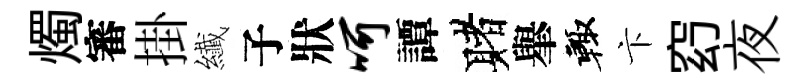
燭審掛纎子狀呵譚赌𦦙輙卞𥥆夜